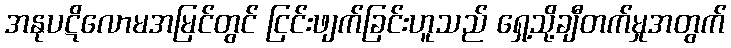
အနုပဋိလောမအမြင်တွင် ငြင်းဖျက်ခြင်းဟူသည် ရှေ့သို့ချီတက်မှုအတွက်